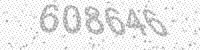
Solution: 608646